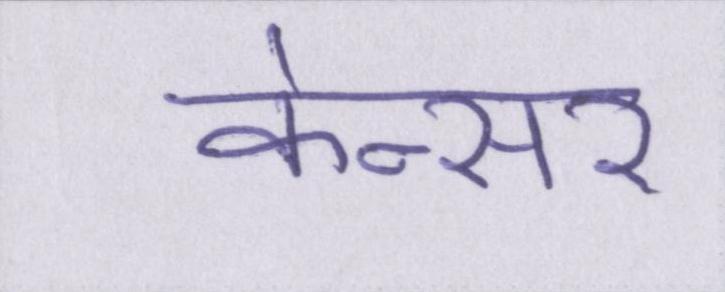
केन्सर